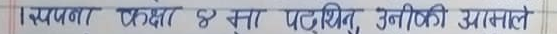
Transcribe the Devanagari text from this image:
स्वयम्पा कक्षा ४ मा पढ्छिन् उनीकी आमाले